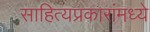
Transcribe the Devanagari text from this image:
साहित्यप्रकारांमध्ये